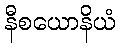
နီစယောနိယံ